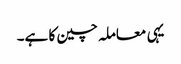
یہی معاملہ چین کا ہے۔